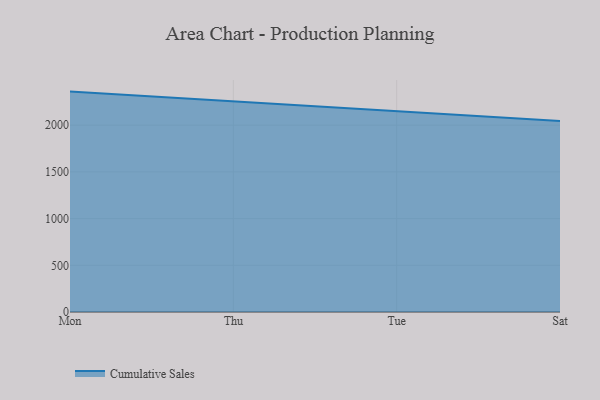
{"axis": {"x": "Day", "y": "Active Users"}, "legend": ["Cumulative Sales"], "data": [{"x": "Mon", "y": 2359.7, "type": "Cumulative Sales"}, {"x": "Thu", "y": 2255.5, "type": "Cumulative Sales"}, {"x": "Tue", "y": 2145.8, "type": "Cumulative Sales"}, {"x": "Sat", "y": 2046.2, "type": "Cumulative Sales"}]}